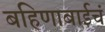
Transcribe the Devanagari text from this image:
बहिणाबाईचं